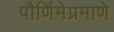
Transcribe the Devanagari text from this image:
पौर्णिमेप्रमाणे